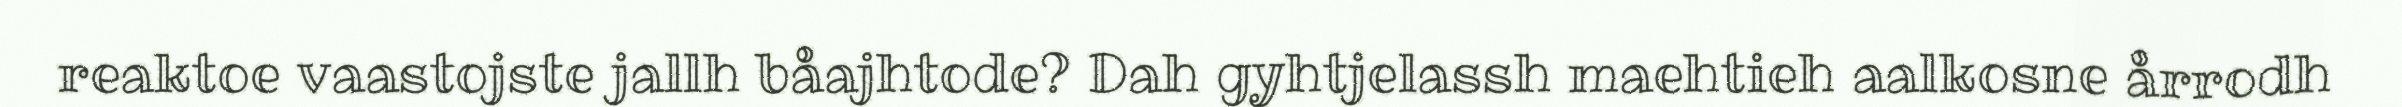
reaktoe vaastojste jallh båajhtode? Dah gyhtjelassh maehtieh aalkosne årrodh